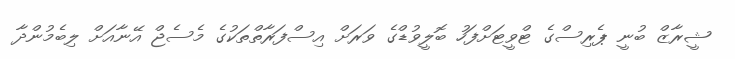
ޝީރާޒް ބުނީ ޕެރިސްގެ ޓްވީޓަށްފަހު ބޮލީވުޑްގެ ވަރަށް އިސްފަރާތްތަކުގެ މެސެޖް އޭނާއަށް ލިބެމުންދާ